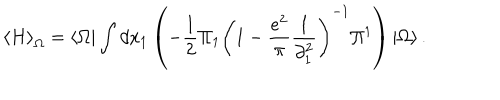
\left\langle H \right\rangle _ { \Omega } = \left\langle \Omega \right| \int { d x _ { 1 } } \left( { - \frac { 1 } { 2 } \Pi _ { 1 } \left( { 1 - \frac { { e ^ { 2 } } } { \pi } \frac { 1 } { { \partial _ { 1 } ^ { 2 } } } } \right) ^ { - 1 } \Pi ^ { 1 } } \right) \left| \Omega \right\rangle .